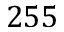
2 5 5